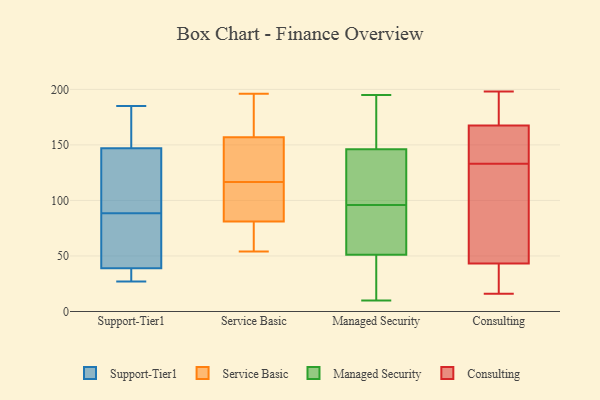
{"axis": {"x": "Energy Usage (MWh)", "y": "Value"}, "legend": ["Consulting", "Managed Security", "Service Basic", "Support-Tier1"], "data": [{"x": "", "y": 43, "type": "Support-Tier1"}, {"x": "", "y": 37, "type": "Support-Tier1"}, {"x": "", "y": 142, "type": "Support-Tier1"}, {"x": "", "y": 132, "type": "Support-Tier1"}, {"x": "", "y": 39, "type": "Support-Tier1"}, {"x": "", "y": 27, "type": "Support-Tier1"}, {"x": "", "y": 185, "type": "Support-Tier1"}, {"x": "", "y": 147, "type": "Support-Tier1"}, {"x": "", "y": 45, "type": "Support-Tier1"}, {"x": "", "y": 175, "type": "Support-Tier1"}, {"x": "", "y": 131, "type": "Service Basic"}, {"x": "", "y": 188, "type": "Service Basic"}, {"x": "", "y": 81, "type": "Service Basic"}, {"x": "", "y": 174, "type": "Service Basic"}, {"x": "", "y": 75, "type": "Service Basic"}, {"x": "", "y": 148, "type": "Service Basic"}, {"x": "", "y": 67, "type": "Service Basic"}, {"x": "", "y": 106, "type": "Service Basic"}, {"x": "", "y": 83, "type": "Service Basic"}, {"x": "", "y": 54, "type": "Service Basic"}, {"x": "", "y": 157, "type": "Service Basic"}, {"x": "", "y": 119, "type": "Service Basic"}, {"x": "", "y": 114, "type": "Service Basic"}, {"x": "", "y": 196, "type": "Service Basic"}, {"x": "", "y": 96, "type": "Managed Security"}, {"x": "", "y": 118, "type": "Managed Security"}, {"x": "", "y": 94, "type": "Managed Security"}, {"x": "", "y": 178, "type": "Managed Security"}, {"x": "", "y": 101, "type": "Managed Security"}, {"x": "", "y": 10, "type": "Managed Security"}, {"x": "", "y": 85, "type": "Managed Security"}, {"x": "", "y": 51, "type": "Managed Security"}, {"x": "", "y": 15, "type": "Managed Security"}, {"x": "", "y": 143, "type": "Managed Security"}, {"x": "", "y": 138, "type": "Managed Security"}, {"x": "", "y": 147, "type": "Managed Security"}, {"x": "", "y": 157, "type": "Managed Security"}, {"x": "", "y": 195, "type": "Managed Security"}, {"x": "", "y": 42, "type": "Managed Security"}, {"x": "", "y": 46, "type": "Managed Security"}, {"x": "", "y": 51, "type": "Managed Security"}, {"x": "", "y": 68, "type": "Managed Security"}, {"x": "", "y": 178, "type": "Managed Security"}, {"x": "", "y": 19, "type": "Consulting"}, {"x": "", "y": 164, "type": "Consulting"}, {"x": "", "y": 135, "type": "Consulting"}, {"x": "", "y": 133, "type": "Consulting"}, {"x": "", "y": 101, "type": "Consulting"}, {"x": "", "y": 47, "type": "Consulting"}, {"x": "", "y": 198, "type": "Consulting"}, {"x": "", "y": 16, "type": "Consulting"}, {"x": "", "y": 32, "type": "Consulting"}, {"x": "", "y": 148, "type": "Consulting"}, {"x": "", "y": 50, "type": "Consulting"}, {"x": "", "y": 178, "type": "Consulting"}, {"x": "", "y": 191, "type": "Consulting"}]}